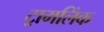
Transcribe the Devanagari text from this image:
ट्रामलिंक